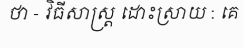
ថា - វិធីសាស្ត្រ ដោះស្រាយ : គេ